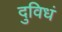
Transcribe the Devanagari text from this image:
दुविधं